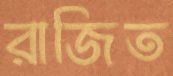
রাজিত